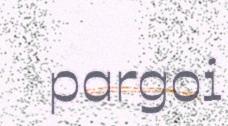
pargoi